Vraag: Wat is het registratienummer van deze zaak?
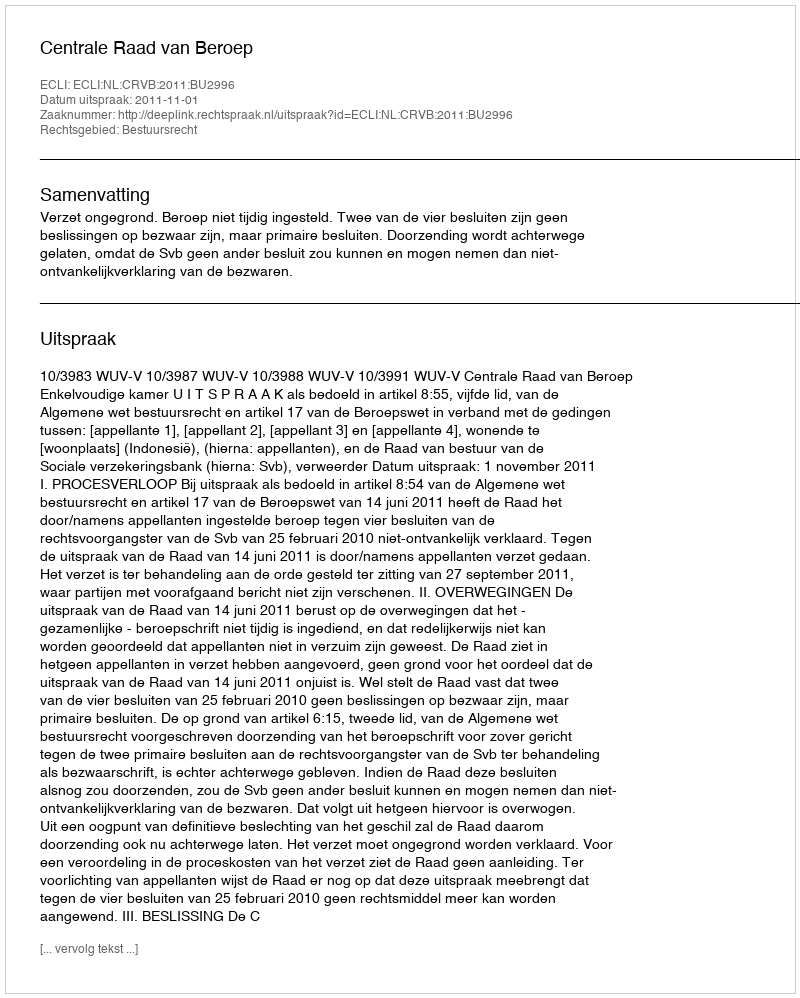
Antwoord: http://deeplink.rechtspraak.nl/uitspraak?id=ECLI:NL:CRVB:2011:BU2996